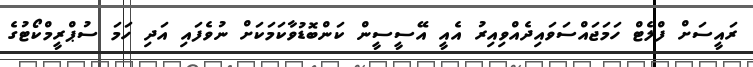
ރައީސަށް ފްލެޓް ހަމަޖައްސަވައިދެއްވިއިރު އެއީ އޭސީސީން ކަންބޮޑުވާކަމަކަށް ނުވެފައި އަދި ހަމަ ސުޕްރީމްކޯޓުގެ